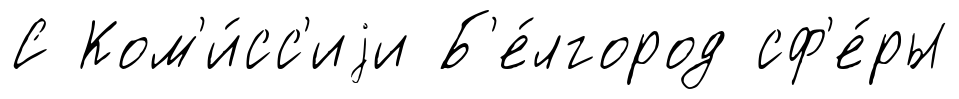
С Ком'и́сс'иjи Б'е́лгород сф'е́ры